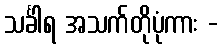
သင်္ခါရ အသက်တိုပုံကား -